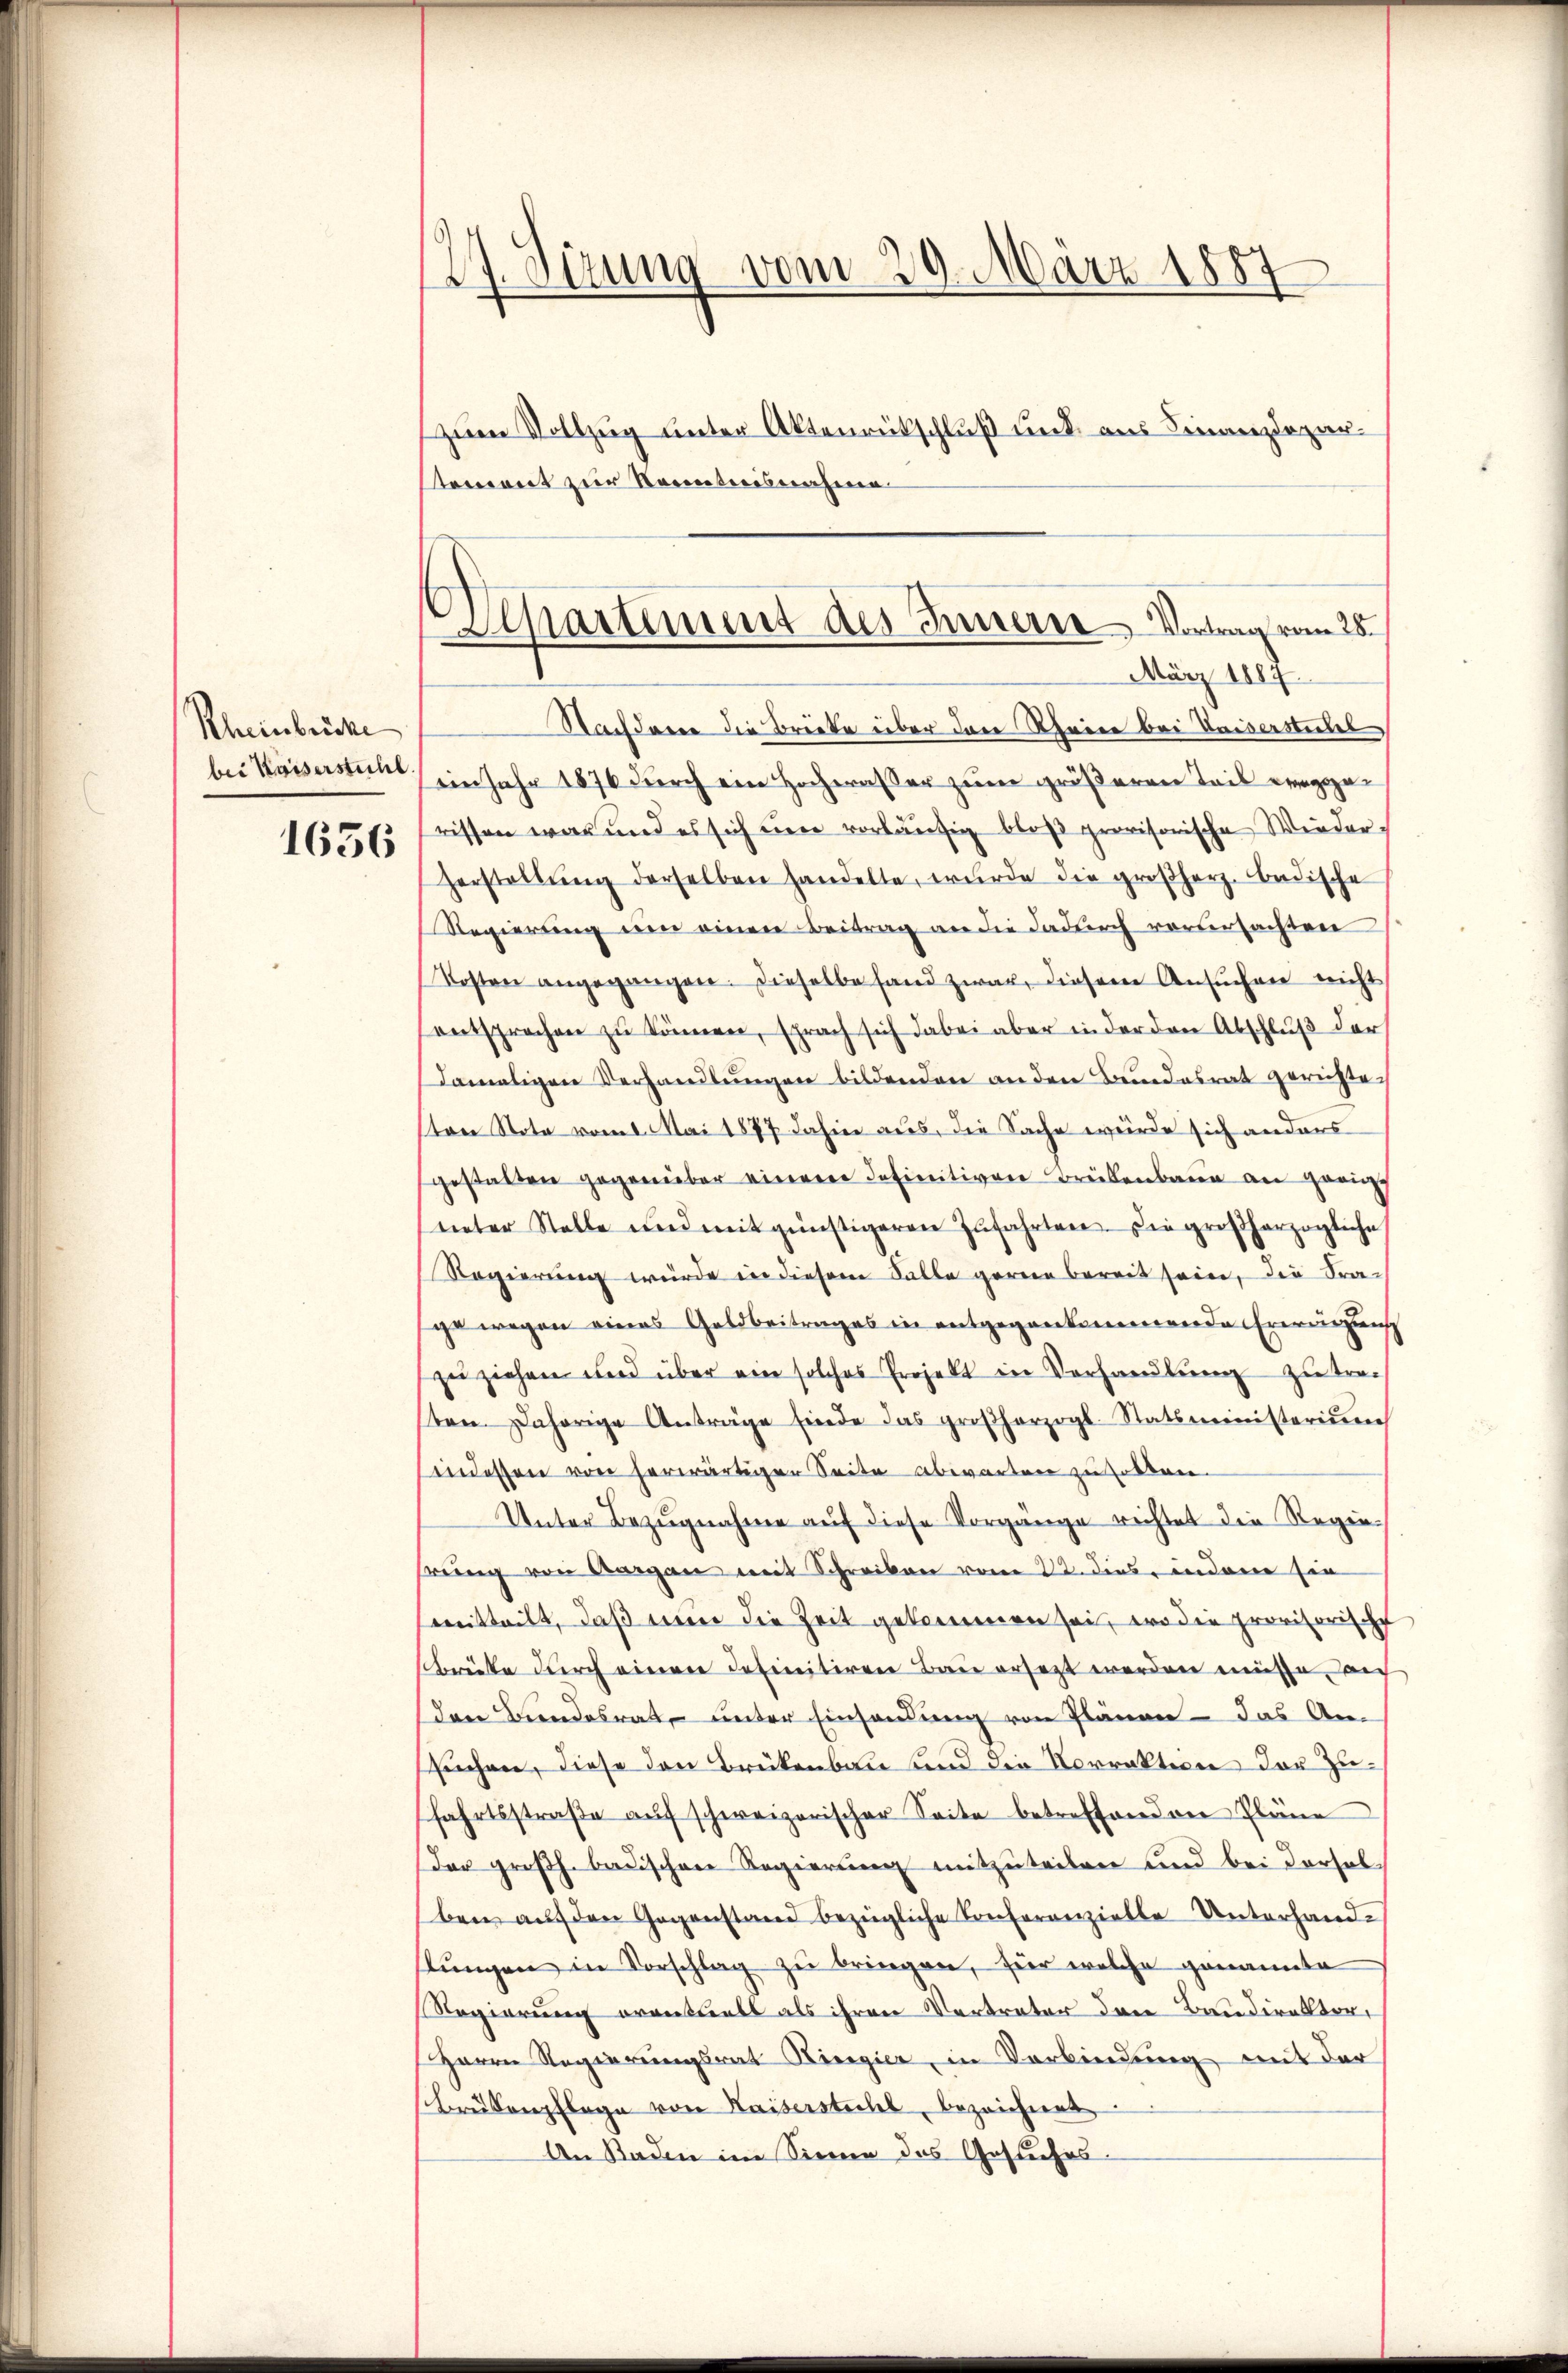
Rheinbrücke
bei Kaiserstuhl
1656

27. Sizung vom 20. März 1887
zum Vollzug unter Aktenrückschluß und aus Finanzdepartoment zur Kenntnisnahme

Nachderen die Briefe über den Kleine bei Vaiserstiches
ein Jahr 1876 durch ein Hochwasser zum größerren Teil ergerissen war und es sich um vorläŭfig bloß provisorische Wiederherstellŭng derselben handelte, wurde die großherz. Badische
Regierung ein einen Beitrag an die dadurch verursachten
Kosten angegangen. Dieselbe fand zwar, diesem Ansuchen nicht
entsprochen zu können, sprach sich dabei aber in der den Abschluß der
damaligen Verhandlungen bildenden anden Bundesrat gerichten
ton Nota vom 1. Mai 1877 dahier aus, die Sache würde sich anders
gestalten gegenüber einer Infinitiven Brükenbau an gerung
ueter Stelle und mit günstigeren Zŭfahrten. Die großherzogliche
Regierung würde in diesem Falle gernen bereit sein, die Fra-
gewegen eines Geldbeitrages in entgegenkommende Erweigung
zŭziehen und über ein solches Projekt in Vorhandlŭng zŭ tra-
sten. Daherige Anträge finde das großherzogl. Statsministerium
indessen von herwärtigen Seite abwarten zu sollen.
Unter Bezŭgnahme auf diese Vorgänge richtet die Regiehrung von Aargau mit Schreiben vom 22. dies indene sie
mitteilt, daß nur die Zeit gekommen sei, wo die provisorische
brücke durch einen definitiren Bau ersezt werden müsse, an
den Bundesrat unter Einsamung von Plänen - das An-
suchen, diese den Brükenbau und die Vorrektion der Zufahrtsstraβe aŭf schweizerischer Seite betreffenden Pläne
Der großh. badischen Regierung mitzuteilen und bei Dorsel
ben auf den Gegenstand bezügliche Conferenzielle Unterhandstŭngen in Vorschlag zu bringen, für welche genannte
Regierung eventuell als ihren Vertreter den Baudirektor,
Herrn Regierungsrat Ringier, in Verbindung mit der
Brükenpflege von Kaiserstichel, bezeichnet
An Raden im Sinne des Gesuches

Apartement des Innern Vortrag vom 25.
März 1887